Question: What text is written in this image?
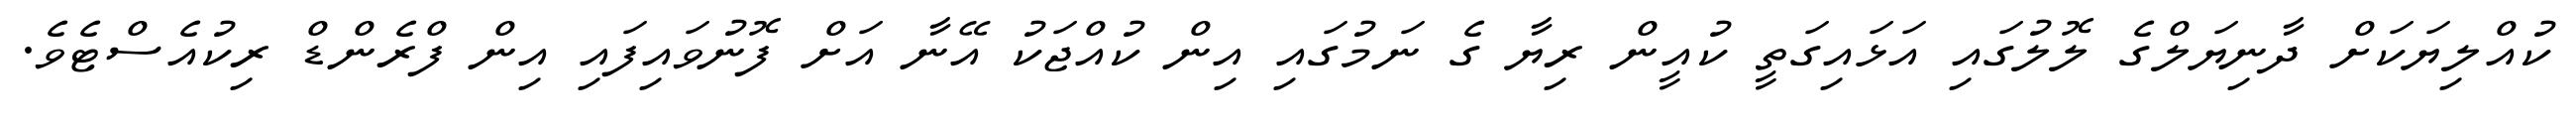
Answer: ކުއްލިޔަކަށް ދާނިޔަލްގެ ލޮލުގައި އަޅައިގަތީ ކުއީން ރިޔާ ގެ ނަމުގައި އިން ކުއްޖަކު އޭނާ އަށް ފޮނުވައިފައި އިން ފްރެންޑް ރިކުއެސްޓެވެ.